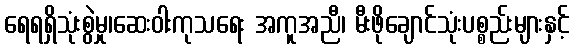
ရေရရှိသုံးစွဲမှု၊ဆေးဝါးကုသရေး အကူအညီ၊ မီးဖိုချောင်သုံးပစ္စည်းများနှင့်